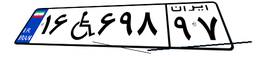
۱۶W۶۹۸۹۷